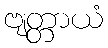
ဗျတ္တာယံ